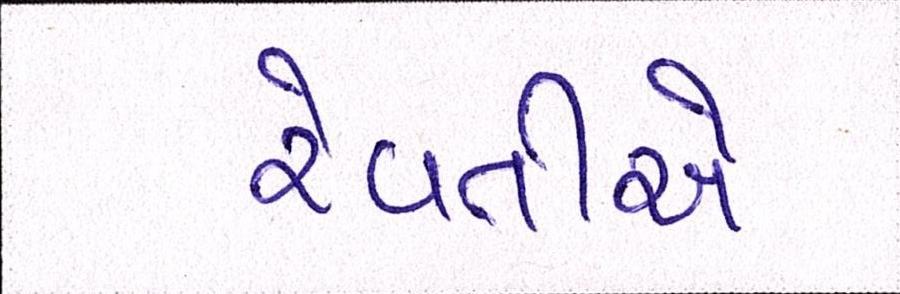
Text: રેવતીએ